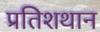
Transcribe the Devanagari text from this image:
प्रतिशथान